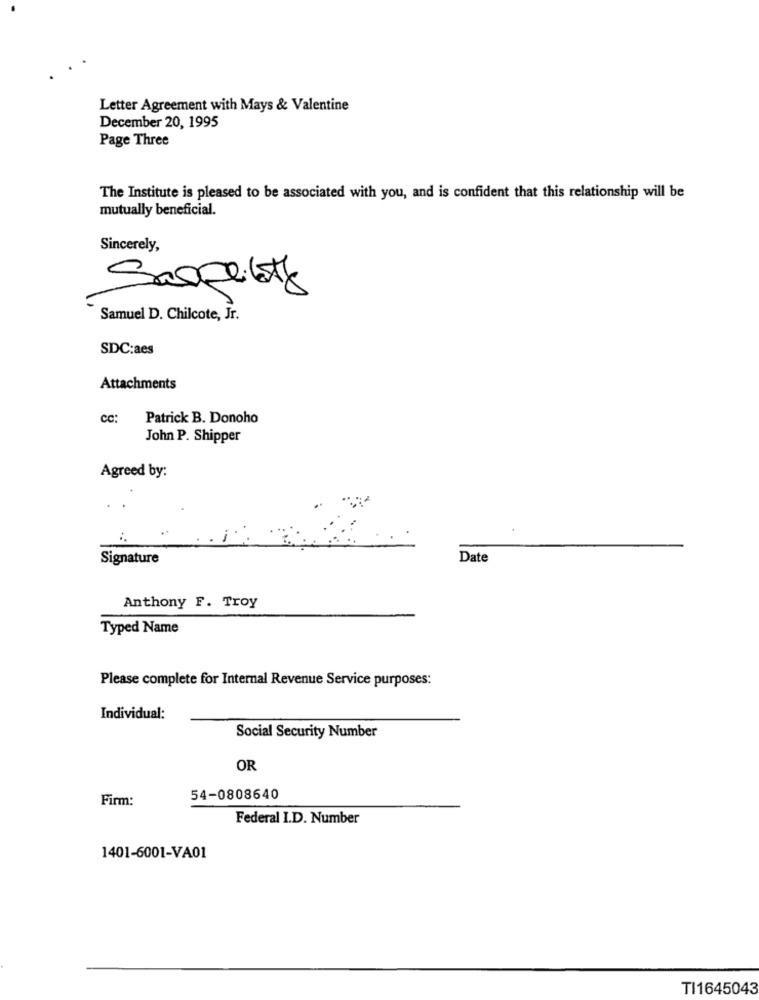
Letter Agreement with Mays & Valentine
December 20, 1995
Page Three
The Institute is pleased to be associated with you, and is confident that this relationship will be
mutually beneficial.
Sincerely,
Samuel D. Chilcote, Jr.
SDC:aes
Attachments
cc:
Patrick B. Donoho
John P. Shipper
Agreed by:
. *
Signature
Date
Anthony F. Troy
Typed Name
Please complete for Internal Revenue Service purposes:
Individual:
Social Security Number
OR
Firm:
54-0808640
Federal I.D. Number
1401-6001-VA01
TI1645043